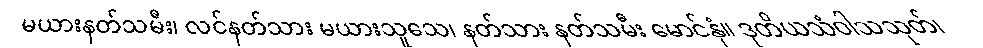
မယားနတ်သမီး၊ လင်နတ်သား မယားသူသေ၊ နတ်သား နတ်သမီး မောင်နှံ။ ဒုတိယသံဝါသသုတ်၊